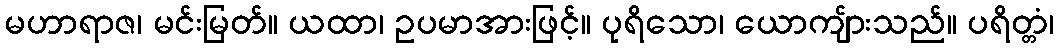
မဟာရာဇ၊ မင်းမြတ်။ ယထာ၊ ဥပမာအားဖြင့်။ ပုရိသော၊ ယောကျ်ားသည်။ ပရိတ္တံ၊